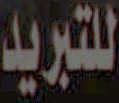
للتبريد